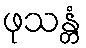
ဖုသန္တံ